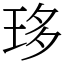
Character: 𤥀